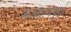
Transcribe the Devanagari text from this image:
मअहत्वपूर्ण